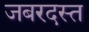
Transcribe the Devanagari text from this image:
जबरदस्त